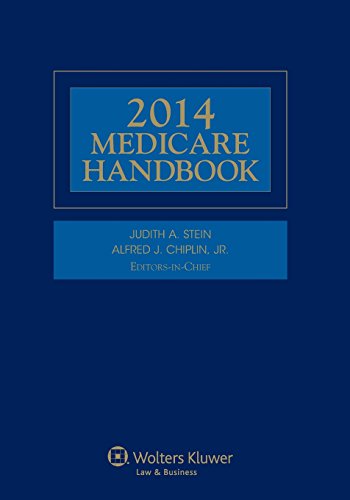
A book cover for Medicare Handbook, 2014 Edition; Judith A. Stein; Medical Books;